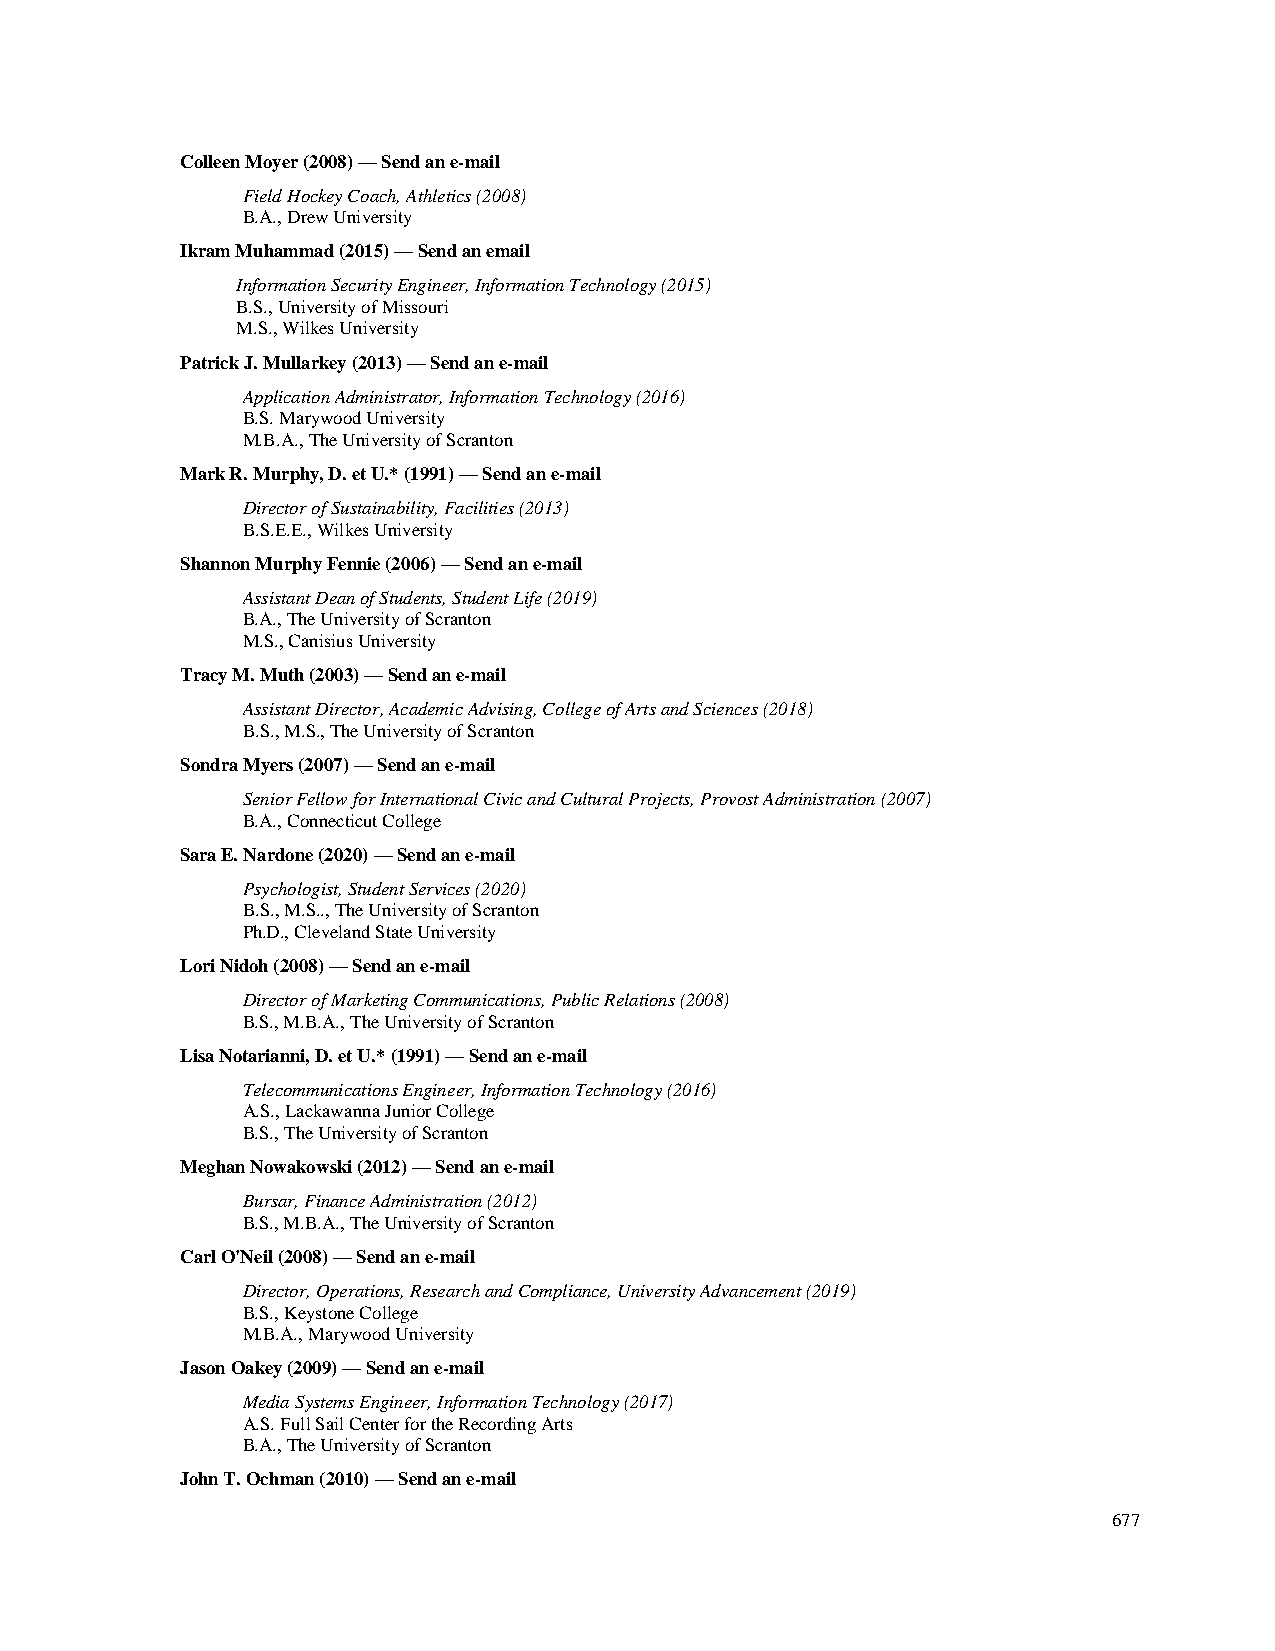
Colleen Moyer (2008) — Send an e-mail
 Field Hockey Coach, Athletics (2008)
 B.A., Drew University
 Ikram Muhammad (2015) — Send an email
 Information Security Engineer, Information Technology (2015)
 B.S., University of Missouri
 M.S., Wilkes University
 Patrick J. Mullarkey (2013) — Send an e-mail
 Application Administrator, Information Technology (2016)
 B.S. Marywood University
 M.B.A., The University of Scranton
 Mark R. Murphy, D. et U.* (1991) — Send an e-mail
 Director of Sustainability, Facilities (2013)
 B.S.E.E., Wilkes University
 Shannon Murphy Fennie (2006) — Send an e-mail
 Assistant Dean of Students, Student Life (2019)
 B.A., The University of Scranton
 M.S., Canisius University
 Tracy M. Muth (2003) — Send an e-mail
 Assistant Director, Academic Advising, College of Arts and Sciences (2018)
 B.S., M.S., The University of Scranton
 Sondra Myers (2007) — Send an e-mail
 Senior Fellow for International Civic and Cultural Projects, Provost Administration (2007)
 B.A., Connecticut College
 Sara E. Nardone (2020) — Send an e-mail
 Psychologist, Student Services (2020)
 B.S., M.S.., The University of Scranton
 Ph.D., Cleveland State University
 Lori Nidoh (2008) — Send an e-mail
 Director of Marketing Communications, Public Relations (2008)
 B.S., M.B.A., The University of Scranton
 Lisa Notarianni, D. et U.* (1991) — Send an e-mail
 Telecommunications Engineer, Information Technology (2016)
 A.S., Lackawanna Junior College
 B.S., The University of Scranton
 Meghan Nowakowski (2012) — Send an e-mail
 Bursar, Finance Administration (2012)
 B.S., M.B.A., The University of Scranton
 Carl O'Neil (2008) — Send an e-mail
 Director, Operations, Research and Compliance, University Advancement (2019)
 B.S., Keystone College
 M.B.A., Marywood University
 Jason Oakey (2009) — Send an e-mail
 Media Systems Engineer, Information Technology (2017)
 A.S. Full Sail Center for the Recording Arts
 B.A., The University of Scranton
 John T. Ochman (2010) — Send an e-mail
 677